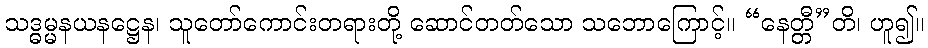
သဒ္ဓမ္မနယနဋ္ဌေန၊ သူတော်ကောင်းတရားတို့ ဆောင်တတ်သော သဘောကြောင့်။ “နေတ္တီ”တိ၊ ဟူ၍။